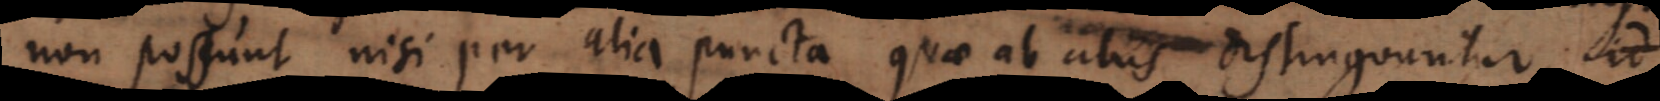
non possunt nisi per alia puncta quae ab aliis distinguuntur,